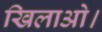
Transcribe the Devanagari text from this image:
खिलाओ।